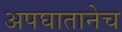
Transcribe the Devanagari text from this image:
अपघातानेच